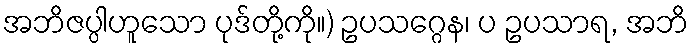
အဘိဇပ္ပါဟူသော ပုဒ်တို့ကို။) ဥပသဂ္ဂေန၊ ပ ဥပသာရ, အဘိ